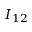
I _ { 1 2 }